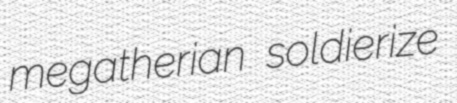
megatherian soldierize